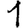
Digit: 1